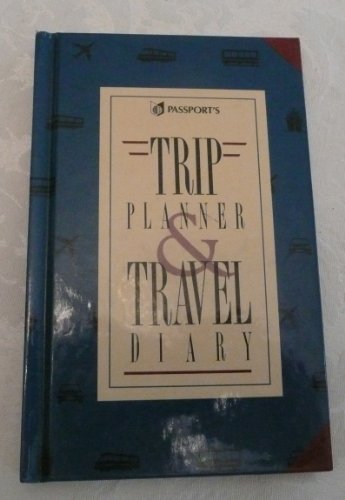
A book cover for Passport's Trip Planner & Travel Diary; Mike Urban; Travel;